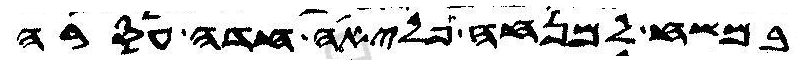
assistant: במשח למנחה פליאה חדה עסרה